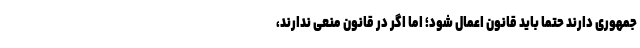
جمهوری دارند حتما باید قانون اعمال شود؛ اما اگر در قانون منعی ندارند،